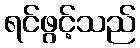
ရင်ဖွင့်သည်